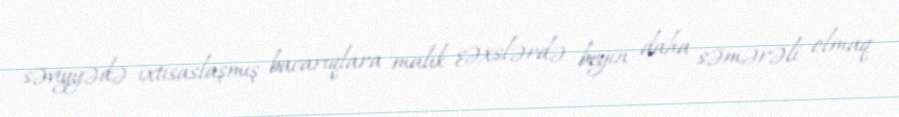
səviyyədə ixtisaslaşmış bacarıqlara malik şəxslərdə beyin daha səmərəli olmaq